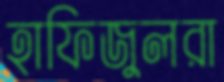
হাফিজুলরা